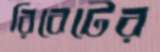
রিবেটের